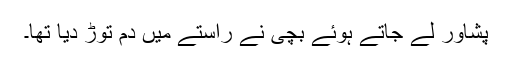
پشاور لے جاتے ہوئے بچی نے راستے میں دم توڑ دیا تھا۔